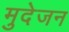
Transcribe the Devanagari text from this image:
मुदेजन